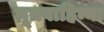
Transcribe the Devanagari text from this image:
मूत्रवाहिन्या